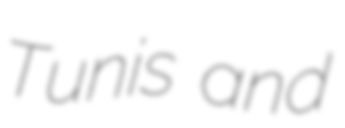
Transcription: Tunis and